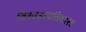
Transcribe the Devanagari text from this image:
विश्वउत्पत्तिशास्त्र